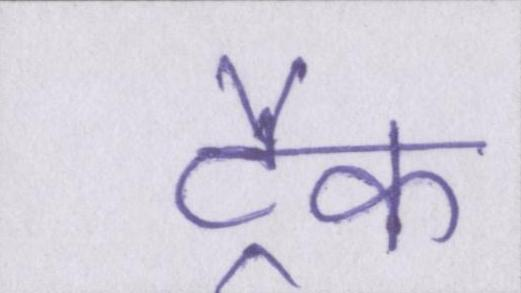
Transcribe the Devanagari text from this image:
ट्रैक